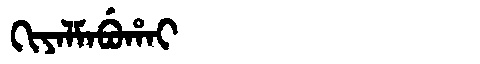
Manchu: ᡴᡳᠶᠠᠯᠮᠠᠪᡠᡥᠠᡳ
Romanization: KIYALMABUHAI